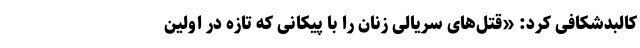
کالبدشکافی کرد: «قتل‌های سریالی زنان را با پیکانی که تازه در اولین